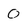
Character: 0